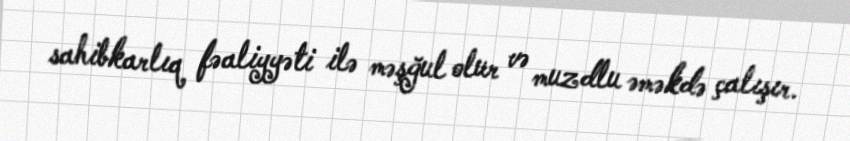
sahibkarlıq fəaliyyəti ilə məşğul olur və muzdlu əməkdə çalışır.